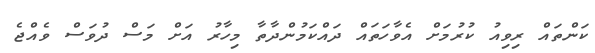
ކަންތައް ރިވިއު ކުރުމަށް އެވާހަތައް ދައްކަމުންދާތާ މިހާރު އަށް މަސް ދުވަސް ވެއްޖެ